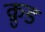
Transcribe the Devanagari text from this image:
क्रुड